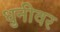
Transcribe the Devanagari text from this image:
धुनीवर